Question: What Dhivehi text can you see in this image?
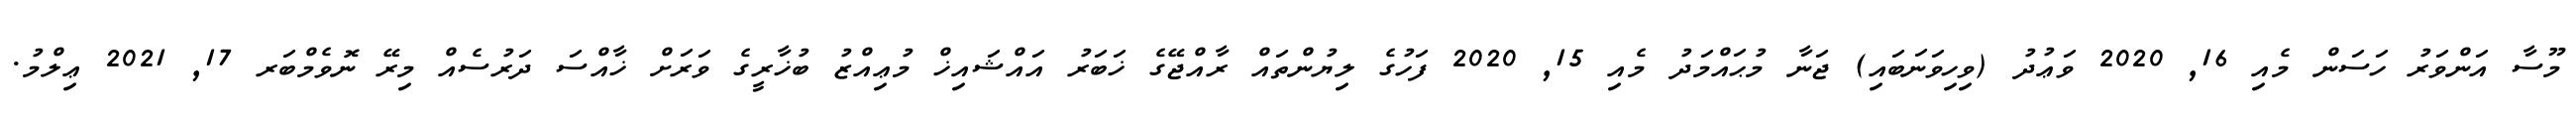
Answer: މޫސާ އަންވަރު ހަސަން މެއި 16, 2020 ވަޢުދު (ވިހިވަނަބައި) ޖަނާ މުޙައްމަދު މެއި 15, 2020 ފަހުގެ ލިޔުންތައް ރާއްޖޭގެ ޚަބަރު އައްޝައިޚް މުޢިއްޒު ބުޚާރީގެ ވަރަށް ޚާއްސަ ދަރުސެއް މިރޭ ނޮވެމްބަރ 17, 2021 ޢިލްމު.